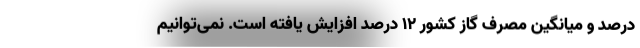
درصد و میانگین مصرف گاز کشور ۱۲ درصد افزایش یافته است. نمی‌توانیم